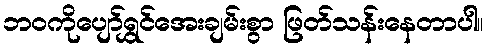
ဘဝကိုပျော်ရွှင်အေးချမ်းစွာ ဖြတ်သန်းနေတာပါ။